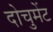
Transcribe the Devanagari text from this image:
दोचुमेंट